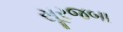
સૂરજબા